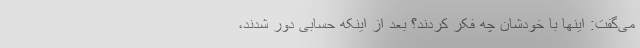
می‌گفت: اینها با خودشان چه فکر کردند؟ بعد از اینکه حسابی دور شدند،